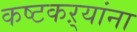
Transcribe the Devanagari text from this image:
कष्टकऱ्यांना